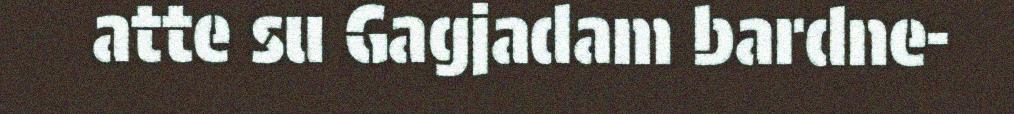
atte su Gagjadam bardne-